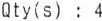
QTY(S) : 4